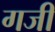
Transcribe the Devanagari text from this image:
गजी